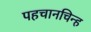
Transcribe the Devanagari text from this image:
पहचानचिन्ह